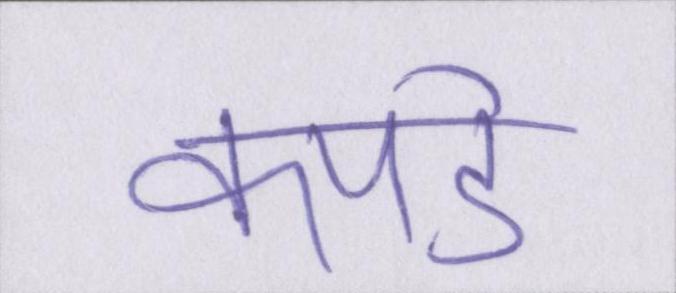
कपडे